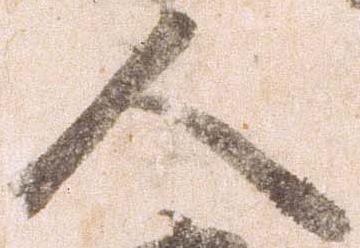
人